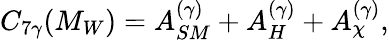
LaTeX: C_{7\gamma}(M_{W})=A_{SM}^{(\gamma)}+A_{H}^{(\gamma)}+A_{\chi}^{(\gamma)},